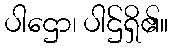
ပါဌော၊ ပါဌ်ရှိ၏။